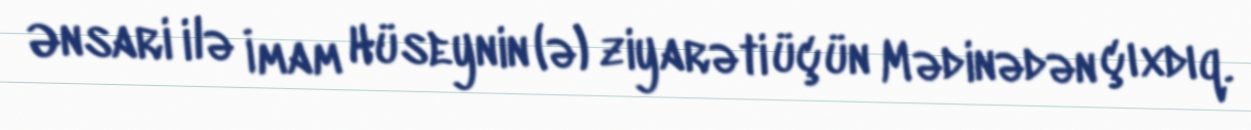
Ənsari ilə İmam Hüseynin (ə) ziyarəti üçün Mədinədən çıxdıq.